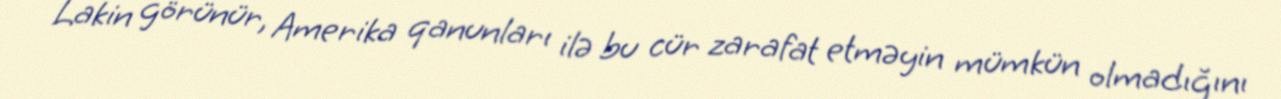
Lakin görünür, Amerika qanunları ilə bu cür zarafat etməyin mümkün olmadığını